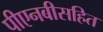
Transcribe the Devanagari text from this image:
पीएनबीसहित